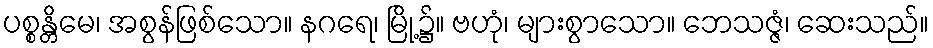
ပစ္စန္တိမေ၊ အစွန်ဖြစ်သော။ နဂရေ၊ မြို့၌။ ဗဟုံ၊ များစွာသော။ ဘေသဇ္ဇံ၊ ဆေးသည်။